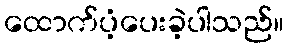
ထောက်ပံ့ပေးခဲ့ပါသည်။